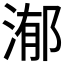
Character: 𣹙